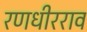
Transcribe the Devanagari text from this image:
रणधीरराव